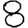
Digit: 8